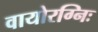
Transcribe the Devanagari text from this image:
वायोरग्निः